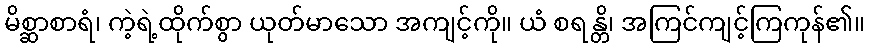
မိစ္ဆာစာရံ၊ ကဲ့ရဲ့ထိုက်စွာ ယုတ်မာသော အကျင့်ကို။ ယံ စရန္တိ၊ အကြင်ကျင့်ကြကုန်၏။